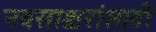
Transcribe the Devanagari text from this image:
नवसाक्षरांसाठी